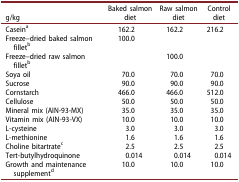
<table><thead><tr><td><b>g/kg</b></td><td><b>Baked salmon diet</b></td><td><b>Raw salmon diet</b></td><td><b>Control diet</b></td></tr></thead><tbody><tr><td>Casein<sup>a</sup></td><td>162.2</td><td>162.2</td><td>216.2</td></tr><tr><td>Freeze–dried baked salmon fillet<sup>b</sup></td><td>100.0</td><td> </td><td> </td></tr><tr><td>Freeze–dried raw salmon fillet<sup>b</sup></td><td> </td><td>100.0</td><td> </td></tr><tr><td>Soya oil</td><td>70.0</td><td>70.0</td><td>70.0</td></tr><tr><td>Sucrose</td><td>90.0</td><td>90.0</td><td>90.0</td></tr><tr><td>Cornstarch</td><td>466.0</td><td>466.0</td><td>512.0</td></tr><tr><td>Cellulose</td><td>50.0</td><td>50.0</td><td>50.0</td></tr><tr><td>Mineral mix (AIN-93-MX)</td><td>35.0</td><td>35.0</td><td>35.0</td></tr><tr><td>Vitamin mix (AIN-93-VX)</td><td>10.0</td><td>10.0</td><td>10.0</td></tr><tr><td>L-cysteine</td><td>3.0</td><td>3.0</td><td>3.0</td></tr><tr><td>L-methionine</td><td>1.6</td><td>1.6</td><td>1.6</td></tr><tr><td>Choline bitartrate<sup>c</sup></td><td>2.5</td><td>2.5</td><td>2.5</td></tr><tr><td>Tert-butylhydroquinone</td><td>0.014</td><td>0.014</td><td>0.014</td></tr><tr><td>Growth and maintenance supplement<sup>d</sup></td><td>10.0</td><td>10.0</td><td>10.0</td></tr></tbody></table>